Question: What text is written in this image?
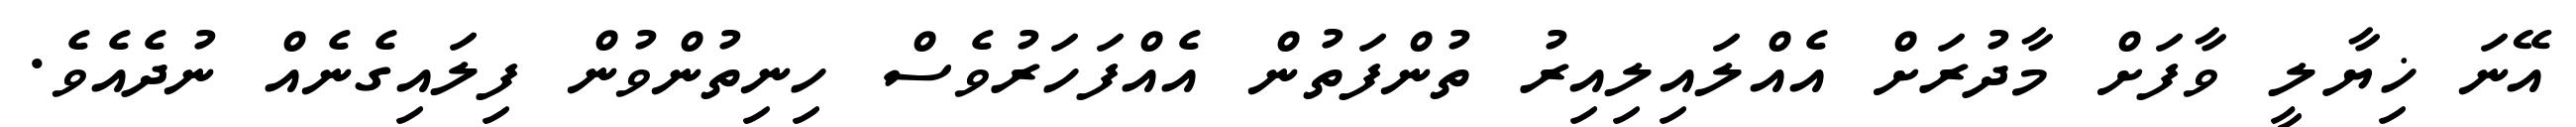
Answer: އޭނަ ޚިޔާލީ ވާފަށް މާދުރަށް އެއްލައިލިއިރު ތުންފަތުން އެއްފަހަރުވެސް ހިނިތުންވުން ފިލައިގެނެއް ނުދެއެވެ.